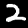
Label: 2